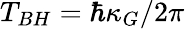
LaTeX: T_{BH}=\hbar\kappa_{G}/2\pi